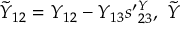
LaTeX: { \widetilde { Y } } _ { 1 2 } = Y _ { 1 2 } - Y _ { 1 3 } s ^ { \prime } { } _ { 2 3 } ^ { Y } , \; { \widetilde { Y } }